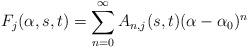
LaTeX: \begin{align*}F_j ( \alpha, s, t) = \sum_{n = 0} ^\infty A_{n, j} (s, t) ( \alpha - \alpha_0 )^n\end{align*}